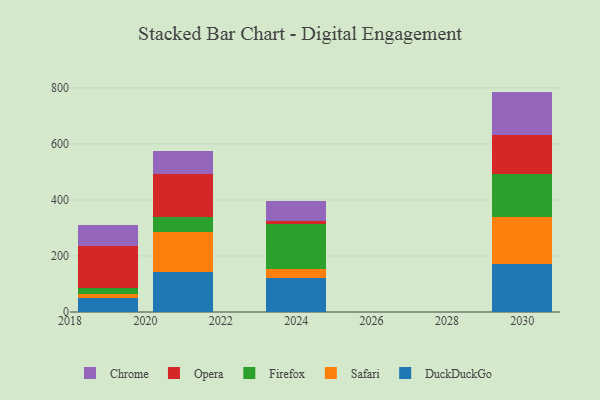
{"axis": {"x": "Year", "y": "Waste Production (Tons)"}, "legend": ["Chrome", "DuckDuckGo", "Firefox", "Opera", "Safari"], "data": [{"x": "2030", "y": 171.3, "type": "DuckDuckGo"}, {"x": "2030", "y": 167.5, "type": "Safari"}, {"x": "2030", "y": 155.4, "type": "Firefox"}, {"x": "2030", "y": 138.2, "type": "Opera"}, {"x": "2030", "y": 154.3, "type": "Chrome"}, {"x": "2019", "y": 51.5, "type": "DuckDuckGo"}, {"x": "2019", "y": 12.3, "type": "Safari"}, {"x": "2019", "y": 22.9, "type": "Firefox"}, {"x": "2019", "y": 148.7, "type": "Opera"}, {"x": "2019", "y": 76.4, "type": "Chrome"}, {"x": "2024", "y": 122.2, "type": "DuckDuckGo"}, {"x": "2024", "y": 32.6, "type": "Safari"}, {"x": "2024", "y": 160.4, "type": "Firefox"}, {"x": "2024", "y": 11.0, "type": "Opera"}, {"x": "2024", "y": 68.9, "type": "Chrome"}, {"x": "2021", "y": 141.9, "type": "DuckDuckGo"}, {"x": "2021", "y": 143.4, "type": "Safari"}, {"x": "2021", "y": 53.9, "type": "Firefox"}, {"x": "2021", "y": 153.6, "type": "Opera"}, {"x": "2021", "y": 82.0, "type": "Chrome"}]}